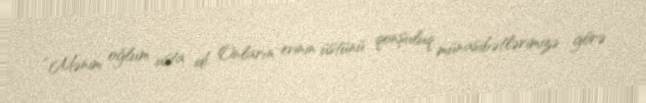
“Mənim oğlum usta idi. Onların evinin üstünü qonşuluq münasibətlərimizə görə